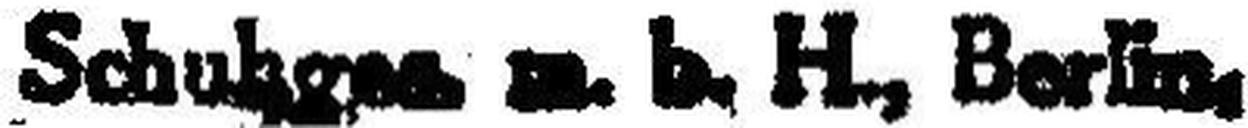
Schub### m.b.H., Berlin.